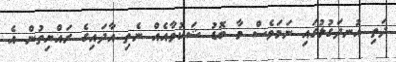
ދަތި އުނދަގުލުގައި ނަމަވެސް މާ ބޮޑު ޝަކުވާއެއް ނެތި އާދައިގެ ރައްޔިތުން އެ